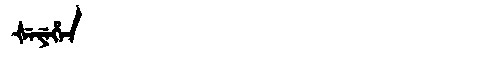
Manchu: ᡧᡝᠶᡝᡥᡝᠨ
Romanization: ŠEYEHEN